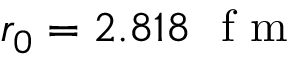
r _ { 0 } = 2 . 8 1 8 ~ \mathrm { ~ f ~ m ~ }